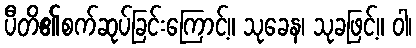
ပီတိ၏စက်ဆုပ်ခြင်းကြောင့်။ သုခေန၊ သုခဖြင့်။ ဝါ၊